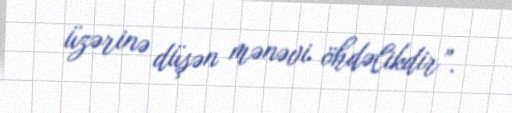
üzərinə düşən mənəvi öhdəlikdir”.